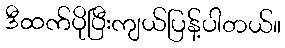
ဒီထက်ပိုပြီးကျယ်ပြန့်ပါတယ်။